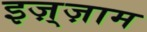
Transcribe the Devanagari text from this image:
इज़्ज़ाम